system: You are a helpful assistant.
user:
Analyze the provided spectrum to determine if it is a **"Cataclysmic Variables (CV)"**.

- **Key Indicators for CV (Check for either state):**
    - **State 1: Quiescent / Low-State (Emission-Dominated)**
        - **(Primary):** Strong and *very broad* Hydrogen Balmer emission lines (e.g., $H\alpha$ at 6563 Å, $H\beta$ at 4861 Å). The 'broadness' (high velocity dispersion, often FWHM > 1000 km/s) is the key diagnostic, indicating a high-velocity accretion disk.
        - **(Secondary):** Broad neutral Helium (He I) emission lines (e.g., 5876 Å, 6678 Å).
        - **(Key Confirmation):** Presence of high-excitation *ionized* Helium (He II) emission at 4686 Å. This is a strong indicator of accretion onto a white dwarf.
        - **(Line Profile):** Emission lines may exhibit a 'double-peaked' profile, which is a classic signature of a rotating accretion disk viewed at high inclination.

    - **State 2: Outburst / High-State (Absorption-Dominated)**
        - **(Primary):** Spectrum is dominated by a bright, blue continuum (looks like a hot star).
        - **(Secondary):** The emission lines from State 1 are weak, absent, or 'filled in', and are replaced by broad, shallow *absorption* lines (primarily Balmer and He I).
        - **(Morphology):** The overall spectrum mimics a hot B/A-type star. The crucial difference is that the absorption lines are significantly broader, shallower, and more 'washed-out' (or 'smeared') than the sharp lines of a normal stellar photosphere, due to high rotational speeds and pressure broadening in the disk.

Think first, call **spectral_visualization_tool** if needed to examine features in detail, then provide your final answer. Your response must adhere to the following strict rules:
1.  **Overall Structure:** Your response must follow the format `<think>...</think> <tool_call>...</tool_call> (if a tool is used) <answer>...</answer>`.
2.  **Tool Usage Constraint:** You may only make **one** tool call per turn.
3.  **Final Answer Format:** In the `<answer>` tag, your conclusion must be inside a `\boxed{}` command (e.g., `\boxed{YES}`), followed by your justification.

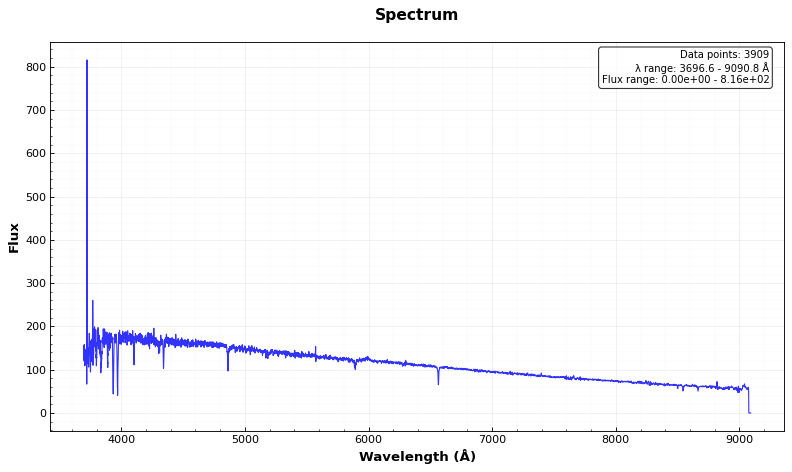
Answer: NO